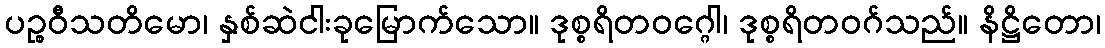
ပဉ္စဝီသတိမော၊ နှစ်ဆဲငါးခုမြောက်သော။ ဒုစ္စရိတဝဂ္ဂေါ၊ ဒုစ္စရိတဝဂ်သည်။ နိဋ္ဌိတော၊